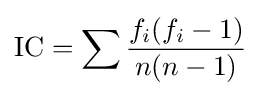
\operatorname {IC} =\sum {\frac {f_{i}(f_{i}-1)}{n(n-1)}}